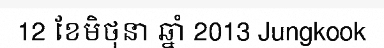
12 ខែមិថុនា ឆ្នាំ 2013 Jungkook